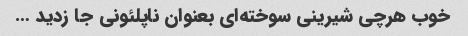
خوب هرچی شیرینی سوخته‌ای بعنوان ناپلئونی جا زدید …